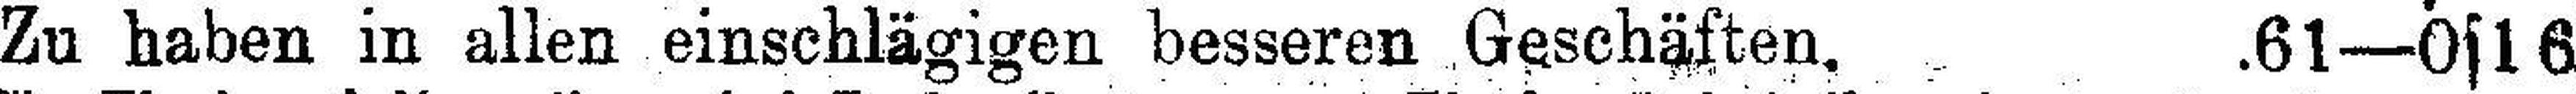
Zu haben in allen einschlägigen besseren Geschäften. 61—0s16